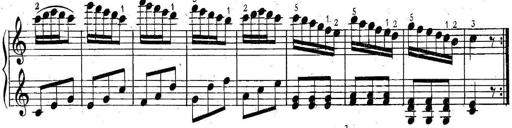
Title: 6 Easy Sonatinas
Composer: Carl Czerny